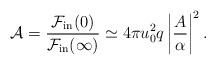
LaTeX: \begin{align*}{\cal A} = {{\cal F}_{\rm in}(0) \over {\cal F}_{\rm in}(\infty)} \simeq4 \pi u_0^2 q \left \vert {A \over \alpha} \right \vert ^2 .\end{align*}